65_HS1-834228961_62-HQ-83894_Section_6
Agency: FBI
Page 160
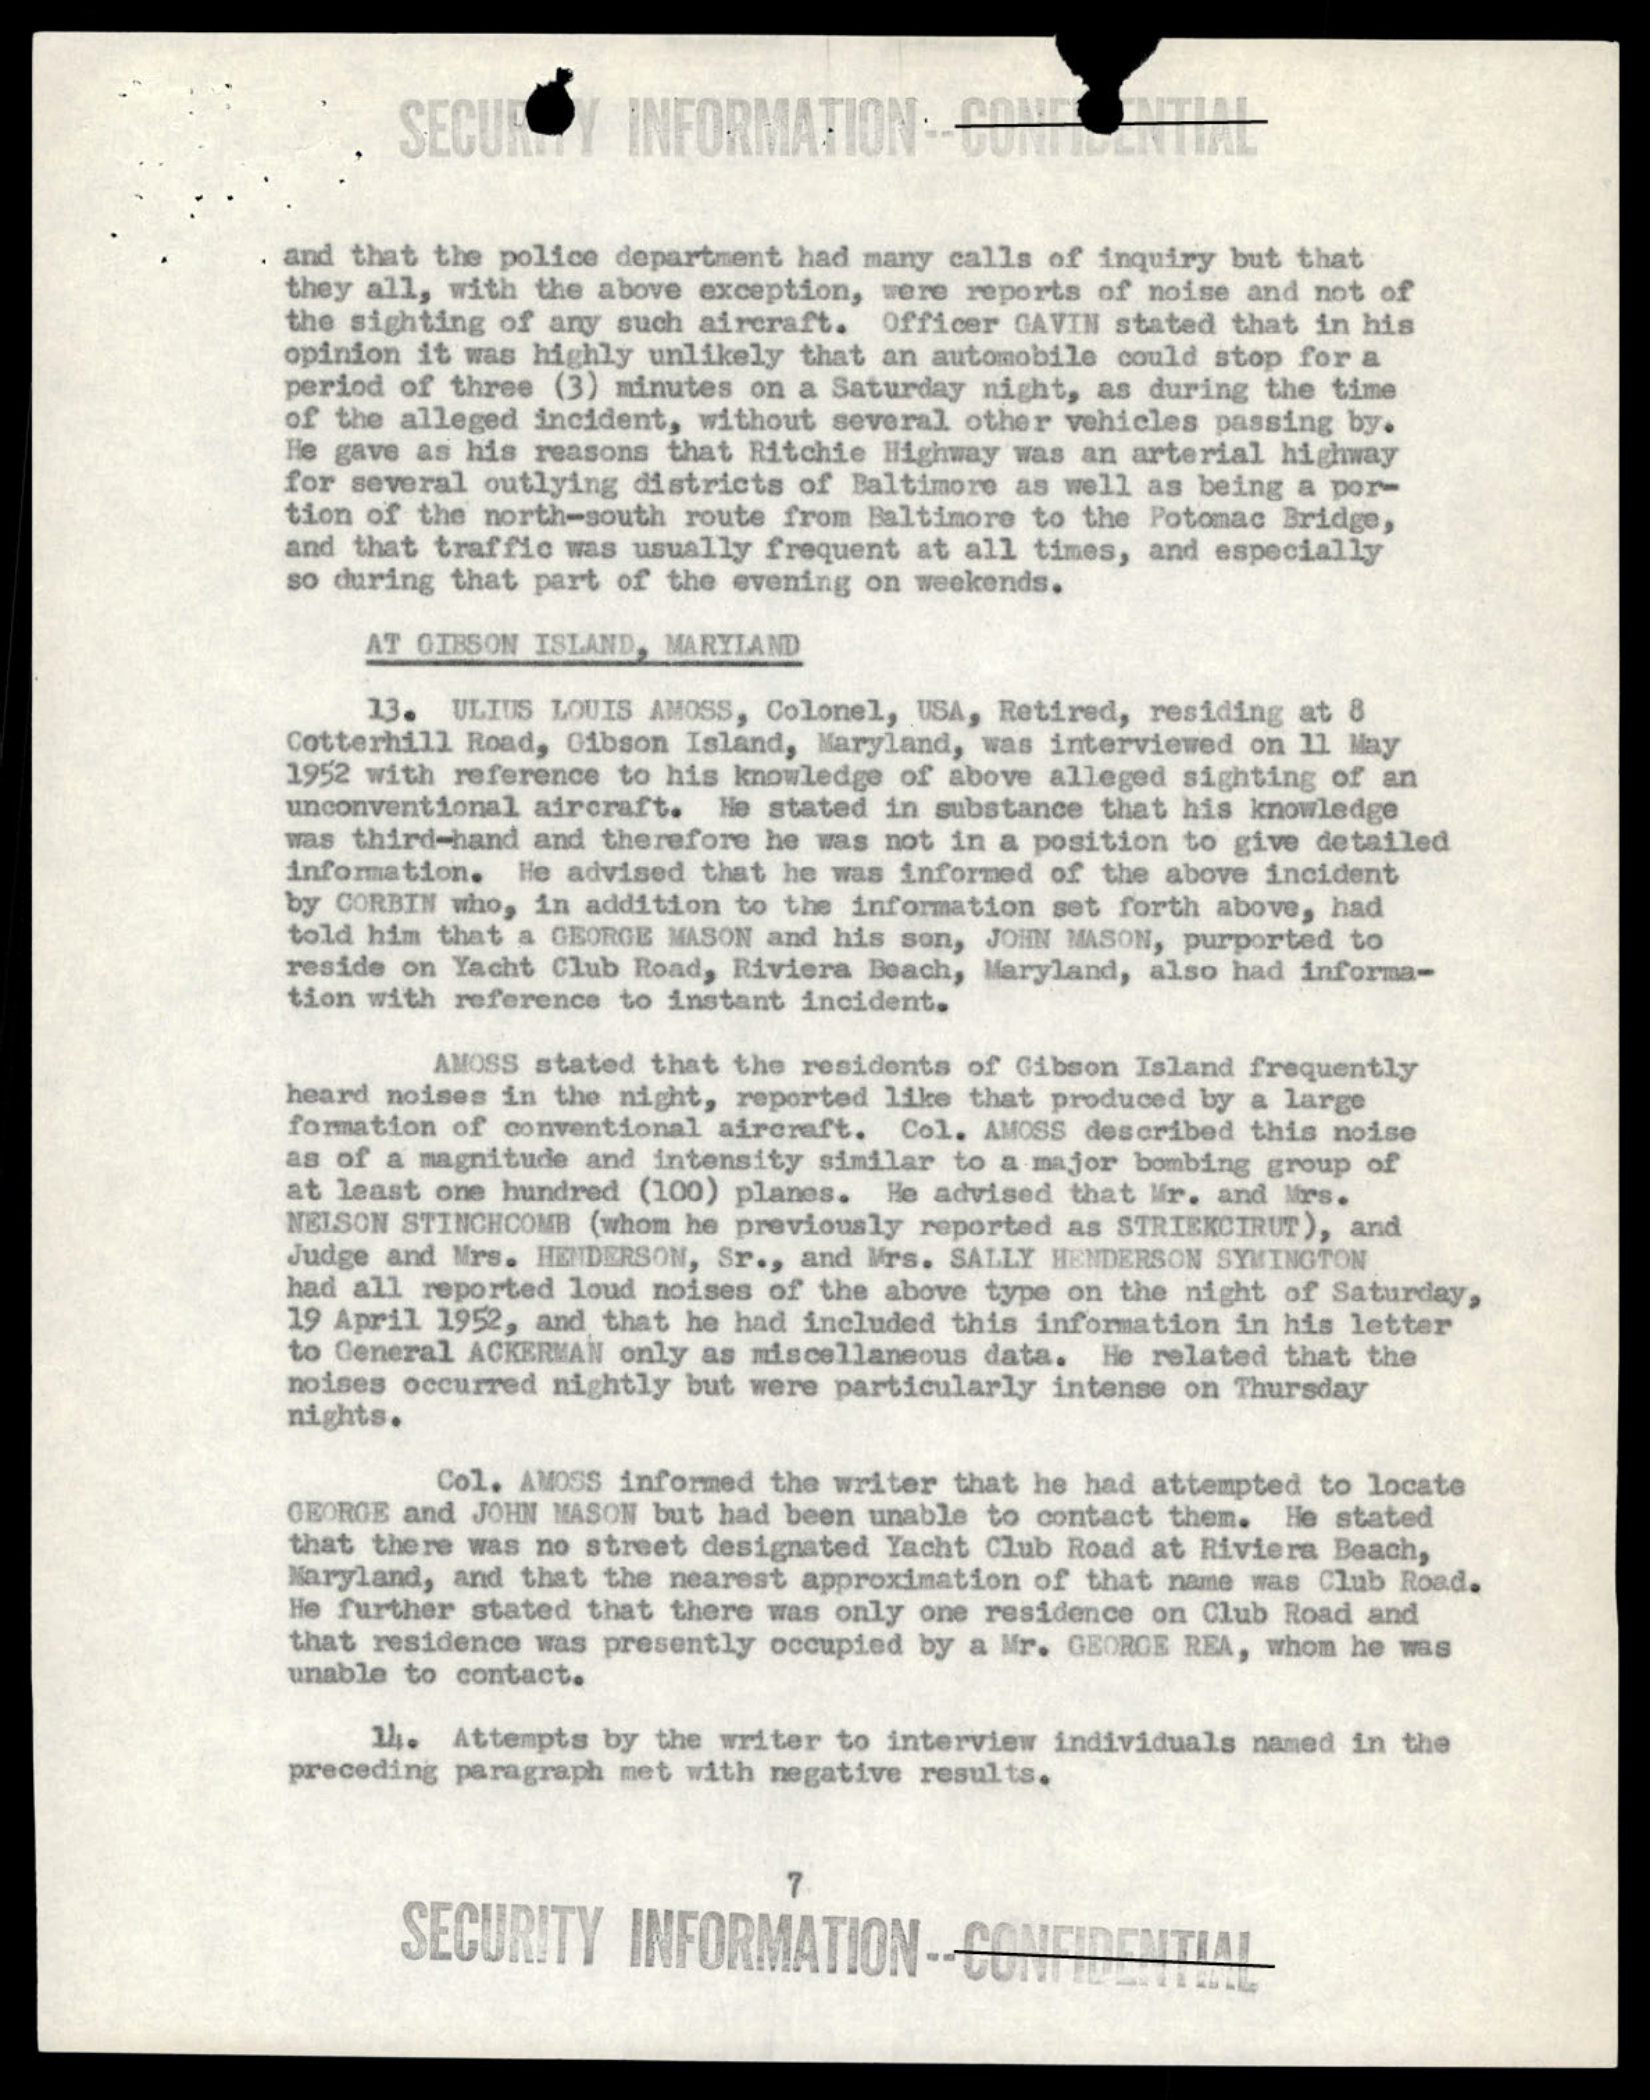